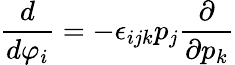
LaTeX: \frac{d}{d\varphi_{i}}=-\epsilon_{ijk}p_{j}\frac{\partial}{\partial p_{k}}